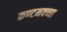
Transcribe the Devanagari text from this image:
कण्टमवच्चा